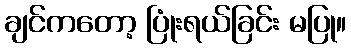
ချင်ကတော့ ပြုံးရယ်ခြင်း မပြု။